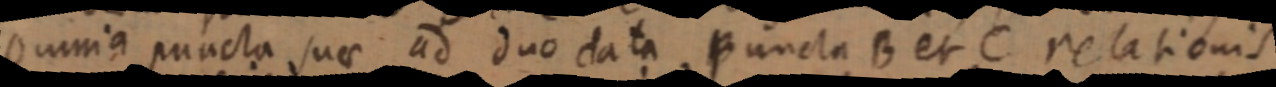
omnia puncta suae ad duo data puncta B et C relationis